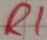
Text: R1